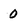
Character: 0